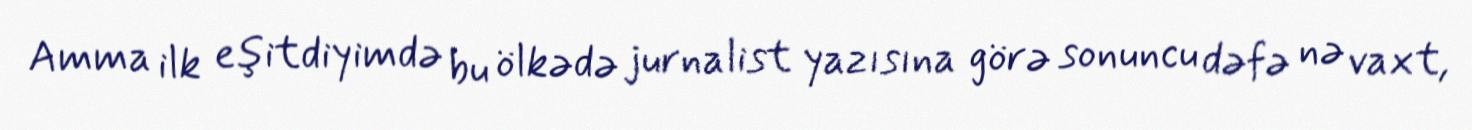
Amma ilk eşitdiyimdə bu ölkədə jurnalist yazısına görə sonuncu dəfə nə vaxt,